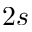
2 s